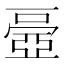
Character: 𠁏